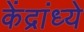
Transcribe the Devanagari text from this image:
केंद्रांध्ये